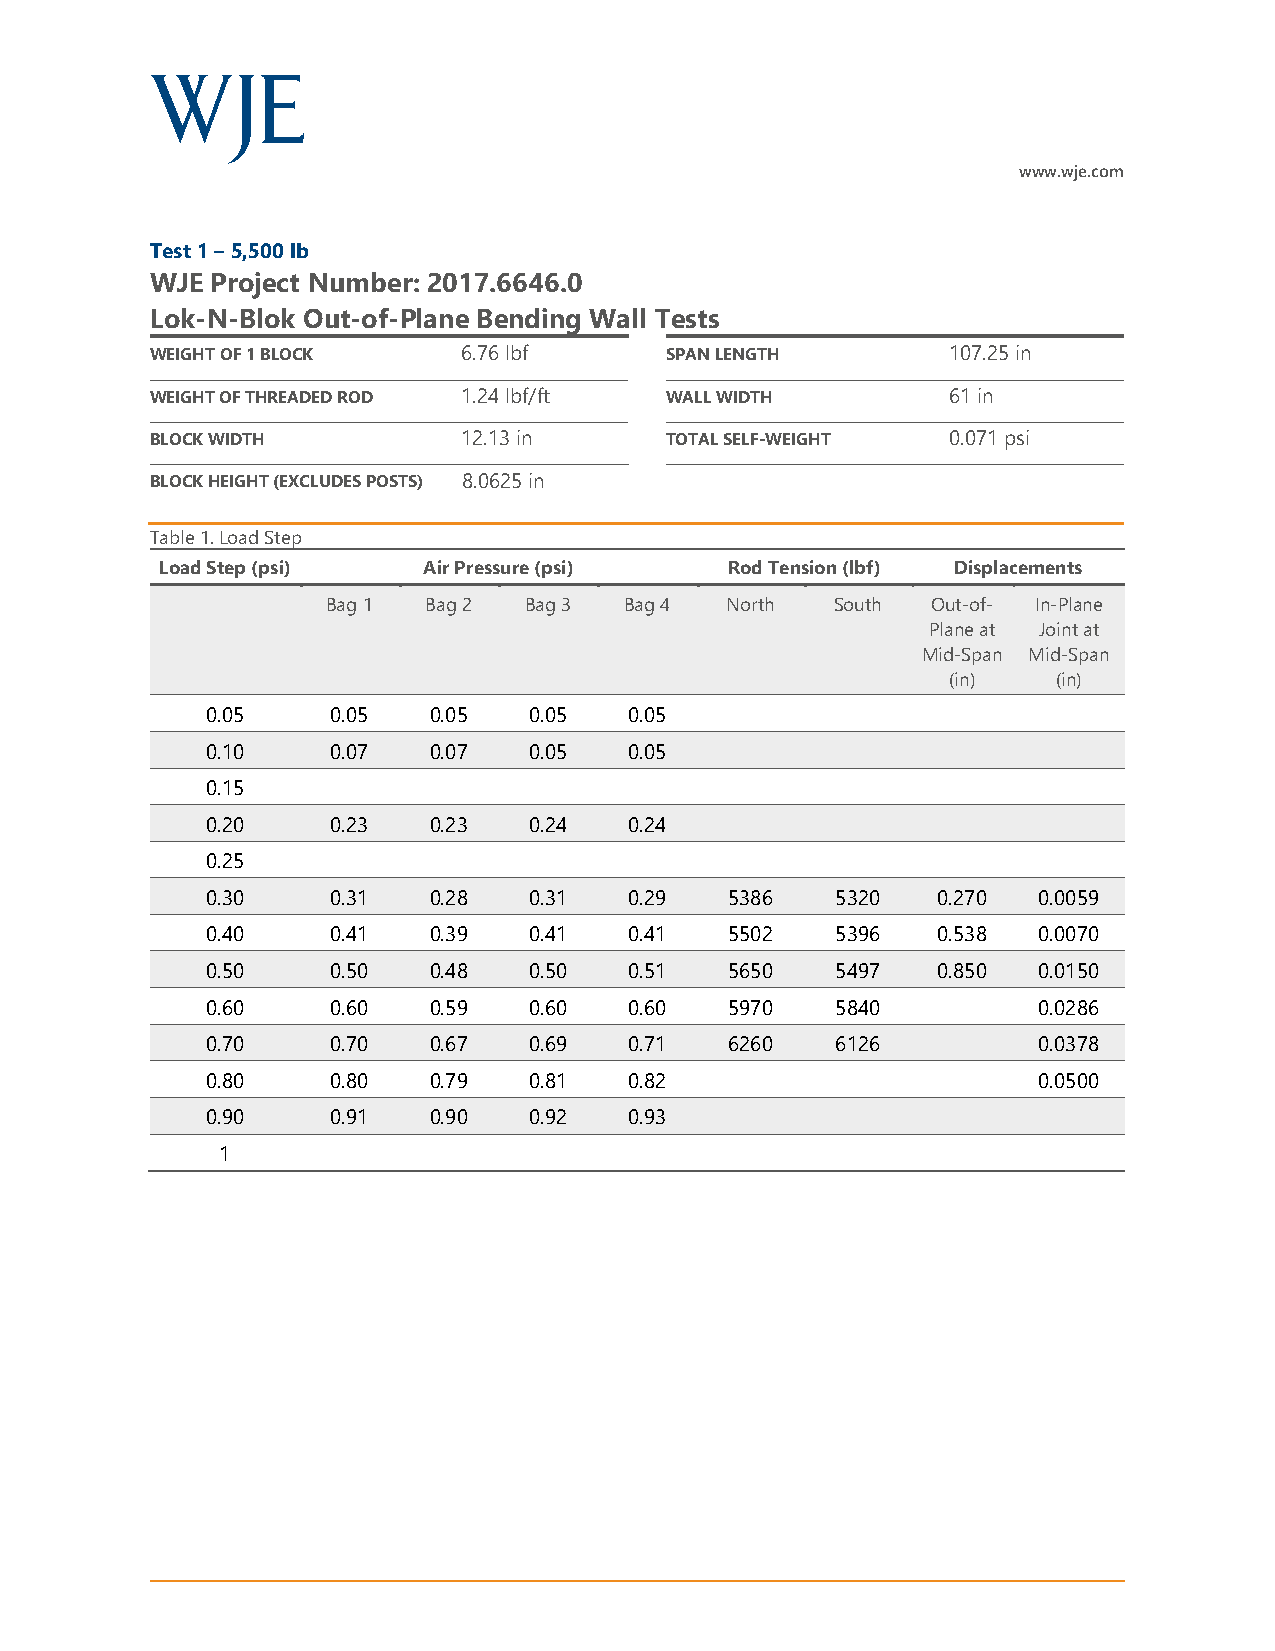
www.wje.com
 Test 1 – 5,500 lb
 WJE Project Number: 2017.6646.0
 Lok-N-Blok Out-of-Plane Bending Wall Tests
 WEIGHT OF 1 BLOCK    6.76 lbf     SPAN LENGTH        107.25 in
 WEIGHT OF THREADED ROD 1.24 lbf/ft WALL WIDTH        61 in
 BLOCK WIDTH          12.13 in     TOTAL SELF-WEIGHT  0.071 psi
 BLOCK HEIGHT (EXCLUDES POSTS) 8.0625 in
 Table 1. Load Step
 Load Step (psi)  Air Pressure (psi)  Rod Tension (lbf) Displacements
 Bag 1 Bag 2  Bag 3 Bag 4  North  South  Out-of- In-Plane
 Plane at Joint at
 Mid-Span Mid-Span
 (in)   (in)
 0.05    0.05  0.05   0.05   0.05
 0.10    0.07  0.07   0.05   0.05
 0.15
 0.20    0.23  0.23   0.24   0.24
 0.25
 0.30    0.31  0.28   0.31   0.29  5386   5320   0.270  0.0059
 0.40    0.41  0.39   0.41   0.41  5502   5396   0.538  0.0070
 0.50    0.50  0.48   0.50   0.51  5650   5497   0.850  0.0150
 0.60    0.60  0.59   0.60   0.60  5970   5840          0.0286
 0.70    0.70  0.67   0.69   0.71  6260   6126          0.0378
 0.80    0.80  0.79   0.81   0.82                       0.0500
 0.90    0.91  0.90   0.92   0.93
 1